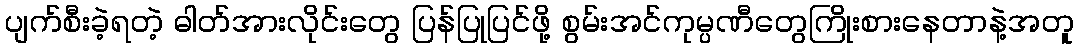
ပျက်စီးခဲ့ရတဲ့ ဓါတ်အားလိုင်းတွေ ပြန်ပြုပြင်ဖို့ စွမ်းအင်ကုမ္ပဏီတွေကြိုးစားနေတာနဲ့အတူ